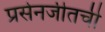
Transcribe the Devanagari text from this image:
प्रसेनजीतची